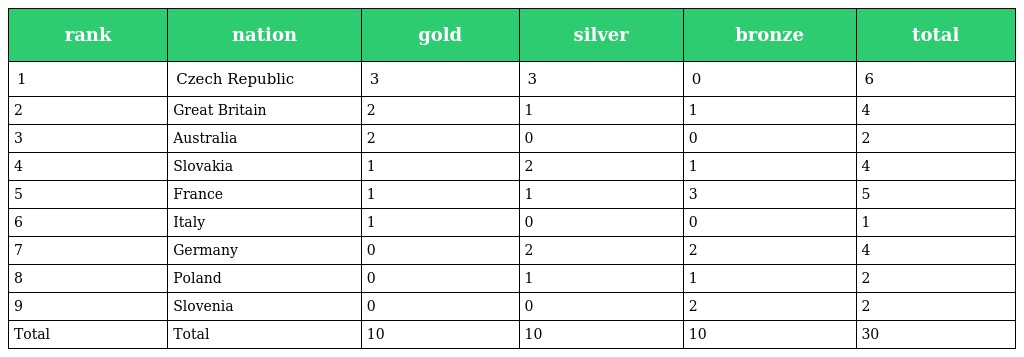
| rank | nation | gold | silver | bronze | total |
 | --- | --- | --- | --- | --- | --- |
 | 1 | Czech Republic | 3 | 3 | 0 | 6 |
 | 2 | Great Britain | 2 | 1 | 1 | 4 |
 | 3 | Australia | 2 | 0 | 0 | 2 |
 | 4 | Slovakia | 1 | 2 | 1 | 4 |
 | 5 | France | 1 | 1 | 3 | 5 |
 | 6 | Italy | 1 | 0 | 0 | 1 |
 | 7 | Germany | 0 | 2 | 2 | 4 |
 | 8 | Poland | 0 | 1 | 1 | 2 |
 | 9 | Slovenia | 0 | 0 | 2 | 2 |
 | Total | Total | 10 | 10 | 10 | 30 |